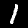
Digit: 1